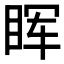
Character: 𬑕